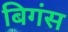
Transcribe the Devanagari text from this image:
बिगंस